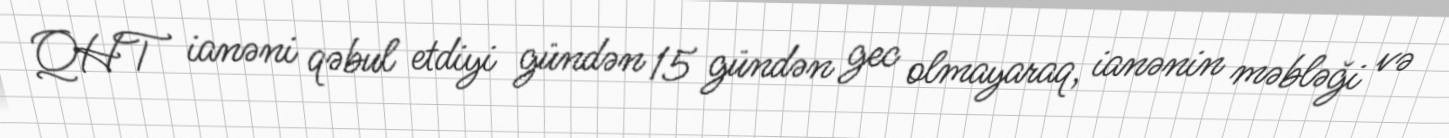
QHT ianəni qəbul etdiyi gündən 15 gündən gec olmayaraq, ianənin məbləği və